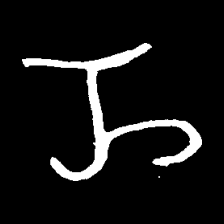
Pyu character \u2014 Myanmar letter: ည (romanized: nya)